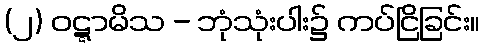
(၂) ဝဋ္ဋာမိသ - ဘုံသုံးပါး၌ ကပ်ငြိခြင်း။